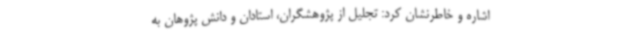
اشاره و خاطرنشان کرد: تجلیل از پژوهشگران، استادان و دانش پژوهان به